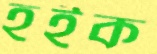
হইক